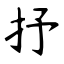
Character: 抒